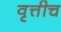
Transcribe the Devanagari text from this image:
वृत्तीच